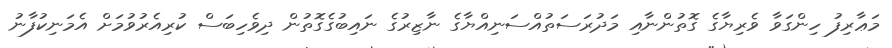
މަޢާރިފު ހިންގަވާ ވެރިޔާގެ ގޮތުންނާއި މަދުރަސަތުއްސަނިއްޔާގެ ނާޒިރުގެ ނައިބުގެގޮތުން ދިވެހިބަސް ކުރިއެރުވުމަށް އެމަނިކުފާނު